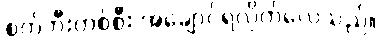
စက်ဘီးတစ်စီး အချောင်ရလိုက်လေသည်။